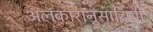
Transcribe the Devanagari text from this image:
अलंकारानुसारिणी